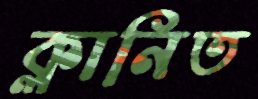
ক্লানিত